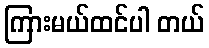
ကြားမယ်ထင်ပါ တယ်